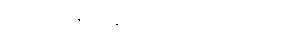
ဒါ မျိုးတွေ နောက်ထပ် ရှိသေးလား။